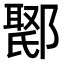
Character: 𮠇